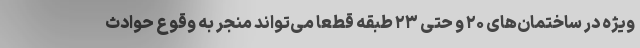
ویژه در ساختمان‌های ۲۰ و حتی ۲۳ طبقه قطعا می‌تواند منجر به وقوع حوادث